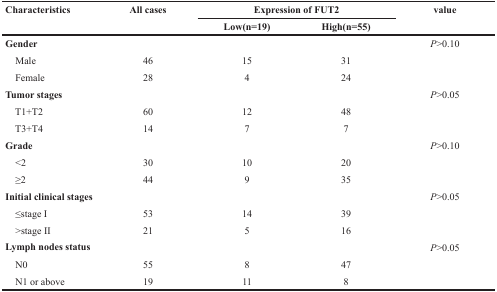
| Characteristics | All cases | <COLSPAN=2> Expression of FUT2 | value |
 |  |  | Low(n=19) | High(n=55) |  |
 | --- | --- | --- | --- | --- |
 | Gender |  |  |  | P>0.10 |
 | Male | 46 | 15 | 31 |  |
 | Female | 28 | 4 | 24 |  |
 | Tumor stages |  |  |  | P>0.05 |
 | T1+T2 | 60 | 12 | 48 |  |
 | T3+T4 | 14 | 7 | 7 |  |
 | Grade |  |  |  | P>0.10 |
 | <2 | 30 | 10 | 20 |  |
 | ≥2 | 44 | 9 | 35 |  |
 | Initial clinical stages |  |  |  | P>0.05 |
 | ≤stage I | 53 | 14 | 39 |  |
 | >stage II | 21 | 5 | 16 |  |
 | Lymph nodes status |  |  |  | P>0.05 |
 | N0 | 55 | 8 | 47 |  |
 | N1 or above | 19 | 11 | 8 |  |